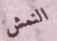
النمش